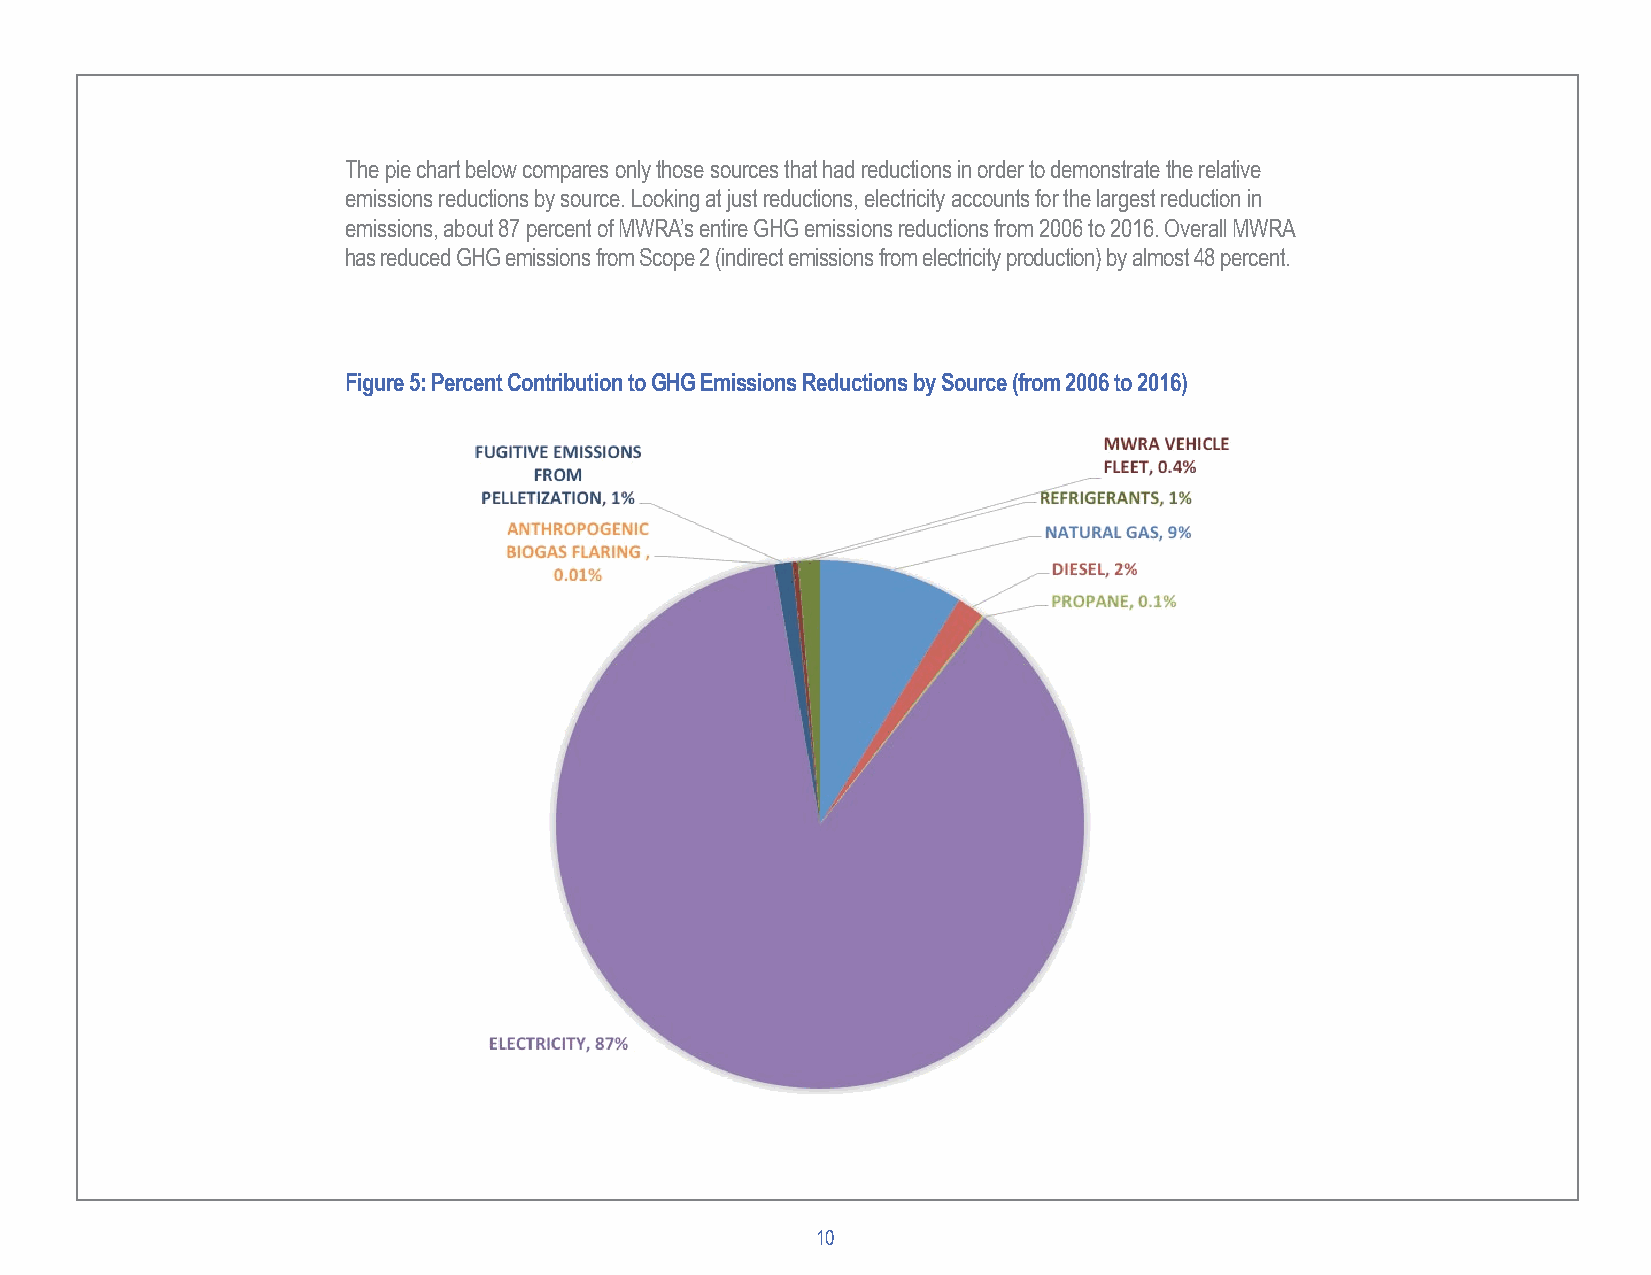
The pie chart below compares only those sources that had reductions in order to demonstrate the relative
 emissions reductions by source. Looking at just reductions, electricity accounts for the largest reduction in
 emissions, about 87 percent of MWRA’s entire GHG emissions reductions from 2006 to 2016. Overall MWRA
 has reduced GHG emissions from Scope 2 (indirect emissions from electricity production) by almost 48 percent.
 Figure 5: Percent Contribution to GHG Emissions Reductions by Source (from 2006 to 2016)
 10